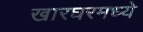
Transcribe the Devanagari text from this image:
खारघरमध्ये